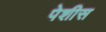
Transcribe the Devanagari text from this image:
पेशीस